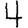
Digit: 4